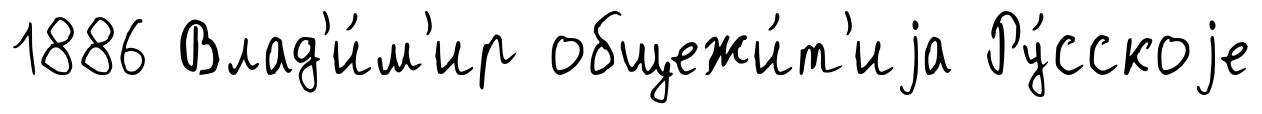
1886 Влад'и́м'ир общежи́т'иjа Ру́сскоjе